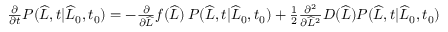
\begin{array} { r } { \frac { \partial } { \partial t } P ( \widehat { L } , t | \widehat { L } _ { 0 } , t _ { 0 } ) = - \frac { \partial } { \partial \widehat { L } } f ( \widehat { L } ) \, P ( \widehat { L } , t | \widehat { L } _ { 0 } , t _ { 0 } ) + \frac { 1 } { 2 } \frac { \partial ^ { 2 } } { \partial \widehat { L } ^ { 2 } } D ( \widehat { L } ) P ( \widehat { L } , t | \widehat { L } _ { 0 } , t _ { 0 } ) } \end{array}